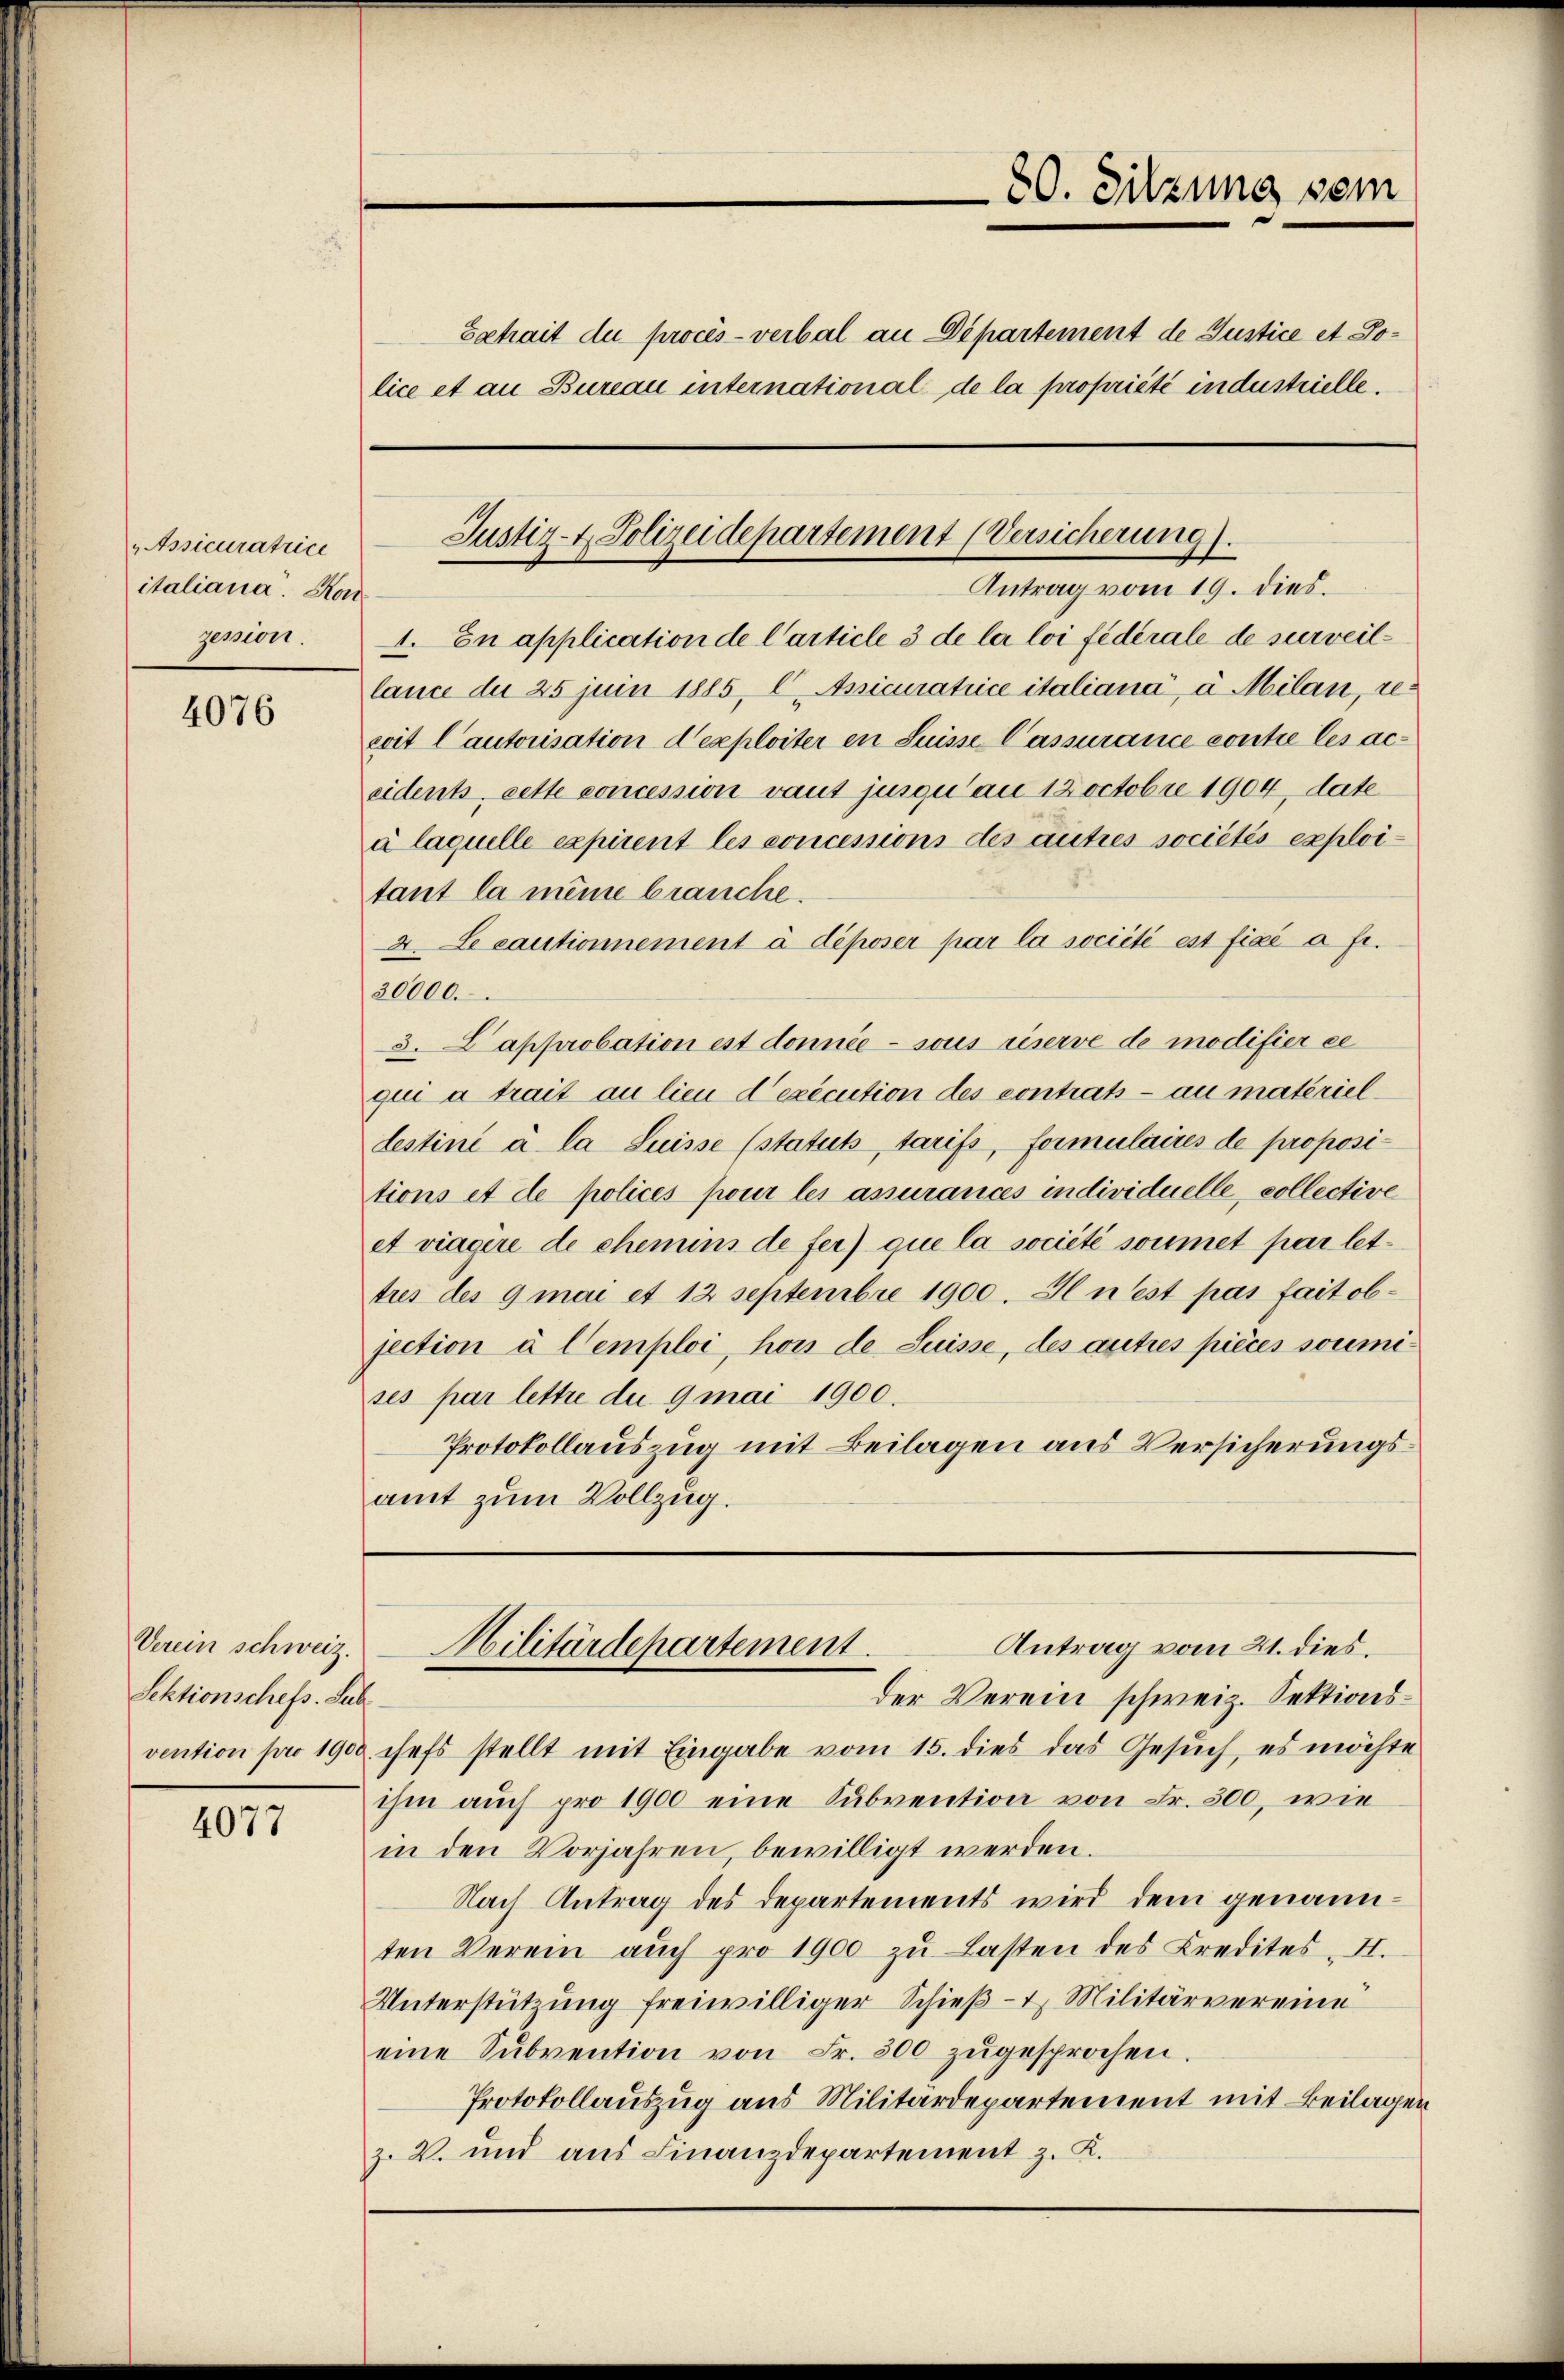
„Assicuratrice
italiana. Hon
gemont.

4076

Verein schweiz.
Sektionschefs Sub

4077

30. Sitzung sein
Extrait du procès-verbal an Departement de Justice et Police et an Bureau international de la propriété industrielle.

Justiz- & Polizeidepartement (Versicherung).

Antrag vom 19. dies.
1. En application de Carticle 3 de la loi fédérale de surveillance du 25 juin 1885, C Apsicuratrice italiana, à Milan, recrit Cautorisation d’exploiter in Suisse Cassurance contre les aceidents, cette concession vaut jusquan 12 octobre 1904, date
à laquelle expirent les concessions des autres sociétés exploitant la meine brauche.
4. Le cautionnement à déposer par la société est fixé à fr.
30000.
3. Lapprobation est donnée - sous riserve de modifier ce
qui a trait au lieu d’exécution des contrats au materiellestiné à la Suisse (statuts tarifs, formulaires de propositions et de polices pour les assurances individuelle, collective
et viagère de chemins de fer) que la société soumet par lettres des 9 mai et 12 Septembre 1900. Il n’est pas fait objection à Cemploi, hon de Luisse, des autres pièces soumises par lettre du 9 mai 1900.
Protokollauszug mit Beilagen aus Versicherungsamt zum Vollzug.

Antrag vom 21. dies.
Hilitärdepartement.
der Verein schweiz. Sektions¬

vention pro 1900 chefs stellt mit Eingabe vom 15. dies das Gesuch, es möchte
ihm auch pro 1900 eine Subvention von Fr. 300, wie
in den Vorjahren bewilligt werden.
Nach Antrag des Departements wird dem genannten Verein aŭch pro 1900 zŭ Lasten des Kredites. II.
Unterstützung freiwilliger Schieβ- u Militärvereine
eine Sŭbvention von Fr. 500 zŭgesprochen.
Protokollauszug aus Militärdepartement mit Beilagen
z. V. und aus Finanzdepartement z. K.